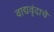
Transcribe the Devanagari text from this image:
वाद्यवृंदाचे